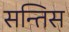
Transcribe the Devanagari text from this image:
सन्तिस